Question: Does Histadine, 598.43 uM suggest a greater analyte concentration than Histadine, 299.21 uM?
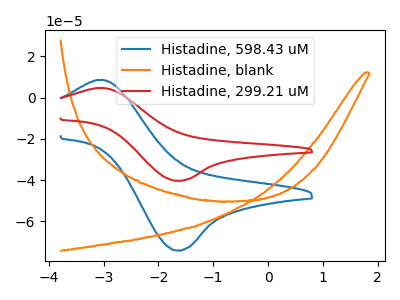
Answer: <think>The blue curve "Histadine, 598.43 uM" has an anodic peak at (-3.00V, 8.55uA) and a cathodic peak at (-1.65V, -73.95uA). The orange curve "Histadine, blank" has no peaks. The red curve "Histadine, 299.21 uM" has an anodic peak at (-3.00V, 4.65uA) and a cathodic peak at (-1.65V, -40.20uA).
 All the peaks in "Histadine, 598.43 uM" have a peak in "Histadine, 299.21 uM" at the same potential. Every peak in "Histadine, 598.43 uM" is higher than every peak in "Histadine, 299.21 uM".</think>
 <answer>"Histadine, 598.43 uM" has more signal than "Histadine, 299.21 uM".</answer>
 <eval>more_signal</eval>